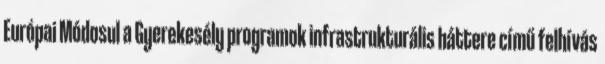
Európai Módosul a Gyerekesély programok infrastrukturális háttere című felhívás